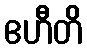
ဧဟီတိ